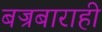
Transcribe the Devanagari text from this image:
बज्रबाराही